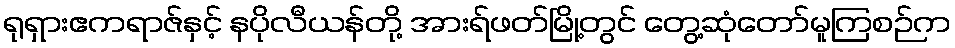
ရုရှားဧကရာဇ်နှင့် နပိုလီယန်တို့ အားရ်ဖတ်မြို့တွင် တွေ့ဆုံတော်မူကြစဉ်က